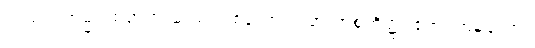
ကုသလကမ္မပထတရားဆယ်ပါးစသော တရားအစုတို့၌။ ဧကံ၊ တခုသော။